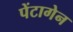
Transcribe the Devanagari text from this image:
पेंटागेन